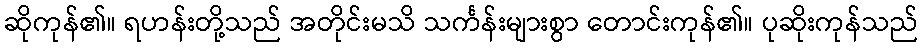
ဆိုကုန်၏။ ရဟန်းတို့သည် အတိုင်းမသိ သင်္ကန်းများစွာ တောင်းကုန်၏။ ပုဆိုးကုန်သည်